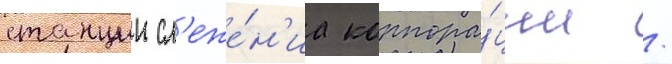
станции сл'еже́н'иа корпора́ции /